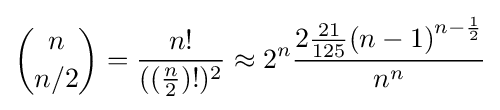
{n \choose n/2}={\frac {n!}{(({\frac {n}{2}})!)^{2}}}\approx 2^{n}{\frac {2{\frac {21}{125}}{(n-1)}^{n-{\frac {1}{2}}}}{n^{n}}}